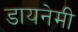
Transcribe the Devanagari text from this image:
डायनेमी